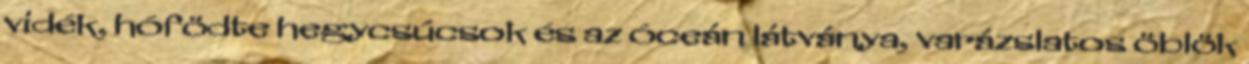
vidék, hófödte hegycsúcsok és az óceán látványa, varázslatos öblök